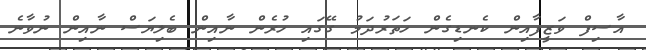
އާސިފް ވަޒީފާއިން ކެނޑިގެން ހަތަރުދަމު ގޭގައި ހުރެން ނާއިން ބެލިޔަސް ނާއިން ނުވާނެ